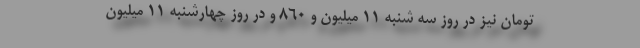
تومان نیز در روز سه شنبه ۱۱ میلیون و ۸۶۰ و در روز چهارشنبه ۱۱ میلیون